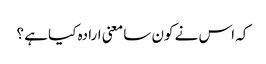
کہ اس نے کون سا معنی ارادہ کیا ہے ؟